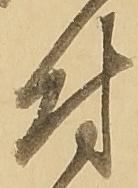
付